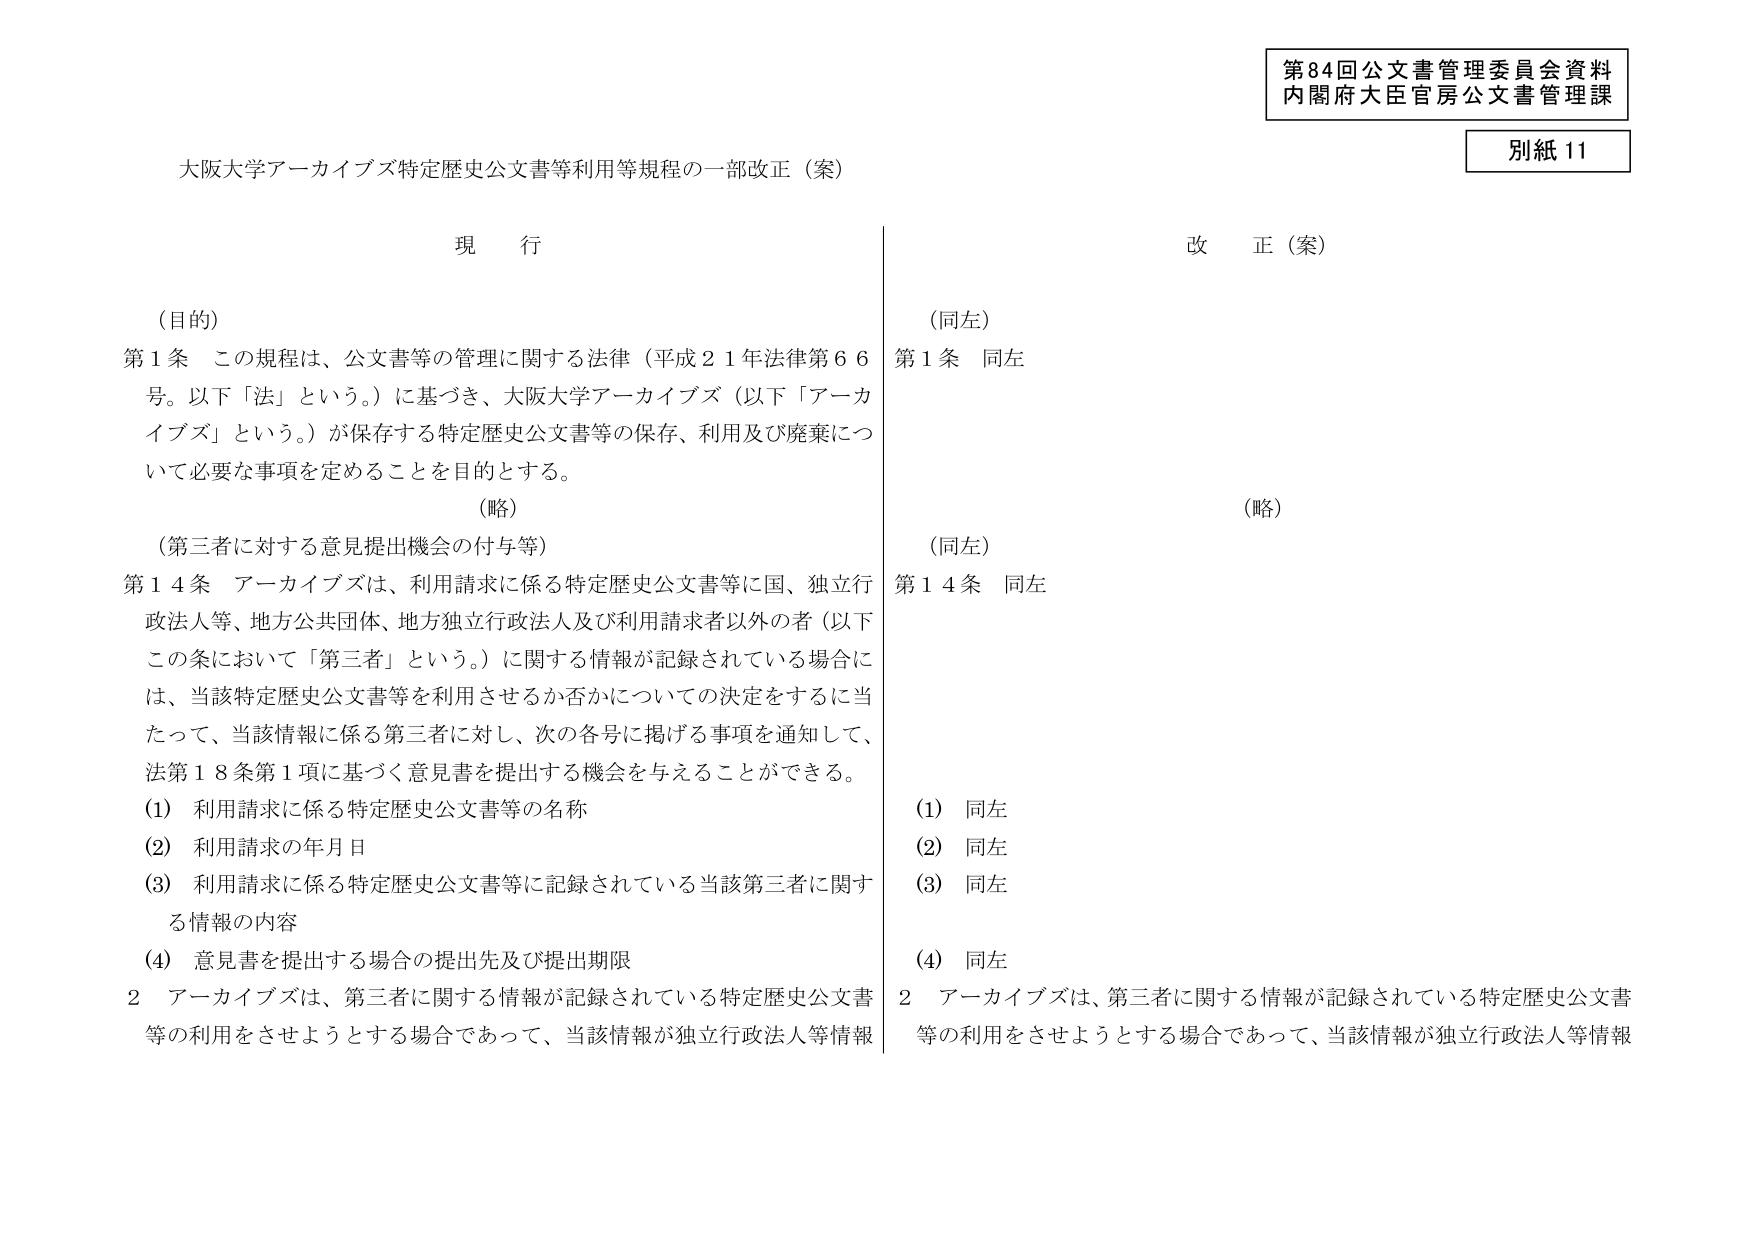
第84回公文書管理委員会資料
内閣府大臣官房公文書管理課

別紙11

大阪大学アーカイブズ特定歴史公文書等利用等規程の一部改正（案）

現 行

（目的）
第1条 この規程は、公文書等の管理に関する法律（平成21年法律第66号。以下「法」という。）に基づき、大阪大学アーカイブズ（以下「アーカイブズ」という。）が保存する特定歴史公文書等の保存、利用及び廃棄について必要な事項を定めることを目的とする。

（略）

（第三者に対する意見提出機会の付与等）
第14条 アーカイブズは、利用請求に係る特定歴史公文書等に国、独立行政法人等、地方公共団体、地方独立行政法人及び利用請求者以外の者（以下この条において「第三者」という。）に関する情報が記録されている場合には、当該特定歴史公文書等を利用させるか否かについての決定をするに当たって、当該情報に係る第三者に対し、次の各号に掲げる事項を通知して、法第18条第1項に基づく意見書を提出する機会を与えることができる。
(1) 利用請求に係る特定歴史公文書等の名称
(2) 利用請求の年月日
(3) 利用請求に係る特定歴史公文書等に記録されている当該第三者に関する情報の内容
(4) 意見書を提出する場合の提出先及び提出期限
2 アーカイブズは、第三者に関する情報が記録されている特定歴史公文書等の利用をさせようとする場合であって、当該情報が独立行政法人等情報

改 正（案）

（同左）
第1条 同左

（略）

（同左）
第14条 同左
(1) 同左
(2) 同左
(3) 同左
(4) 同左
2 アーカイブズは、第三者に関する情報が記録されている特定歴史公文書等の利用をさせようとする場合であって、当該情報が独立行政法人等情報